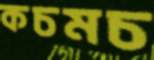
কচমচ